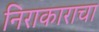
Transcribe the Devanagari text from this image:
निराकाराचा